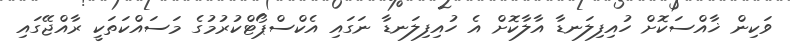
ވަކިން ޚާއްސަކޮށް ހުއިފިލަނޑާ އާލާކޮށް އެ ހުއިފިލަނޑާ ނަގައި އެކްސްޕޯޓްކުރުމުގެ މަސައްކަތަކީ ރާއްޖޭގައި